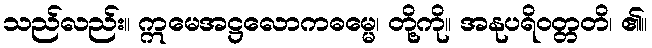
သည်လည်း။ ဣမေအဋ္ဌလောကဓမ္မေ၊ တို့ကို။ အနုပရိဝတ္တတိ၊ ၏။